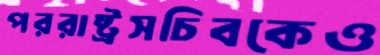
পররাষ্ট্রসচিবকেও